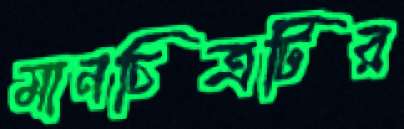
মানচিত্রটির